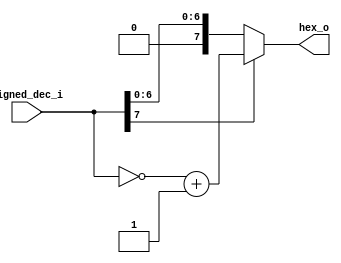
`timescale 1ns / 1ps

module SignedDec2Hex#(parameter WIDTH = 8) (
		input wire signed [WIDTH-1:0] signed_dec_i,
		output reg [WIDTH-1:0] hex_o 
	);
	
	reg [WIDTH-1:0] dec_c;

	always @ (signed_dec_i)
	begin
		if(signed_dec_i[WIDTH-1]) hex_o = (~signed_dec_i)+1'b1;
		else hex_o = signed_dec_i;
	end

endmodule // SignedDec2Hex